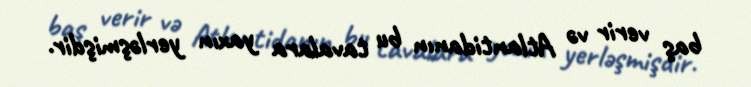
baş verir və Atlantidanın bu tavalara yaxın yerləşmişdir.